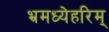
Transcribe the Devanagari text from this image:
भ्रमध्येहरिम्